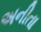
અનીતા